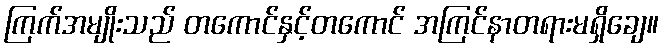
ကြက်အမျိုးသည် တကောင်နှင့်တကောင် အကြင်နာတရားမရှိချေ။